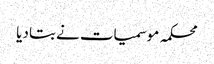
محکمہ موسمیات نے بتا دیا